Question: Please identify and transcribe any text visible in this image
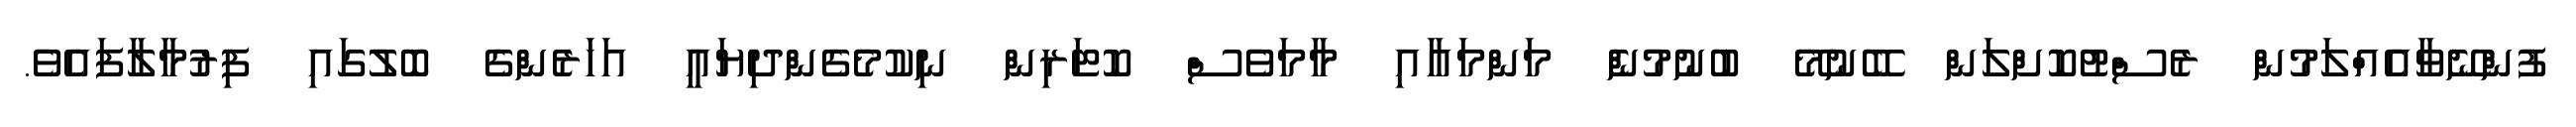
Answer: ފުންނޭވާއެއްލަމުން ރެސްޓުކޮށްލަން ބޭނުމޭ ބުނުމުނެް މަންމައާއި މާމަވެސް ކޮޓަރިން ނިކުމެގެންދިޔައީ އަހަރެންގެ ބޮލުގައި ފިރުމާލާފައެވެ.